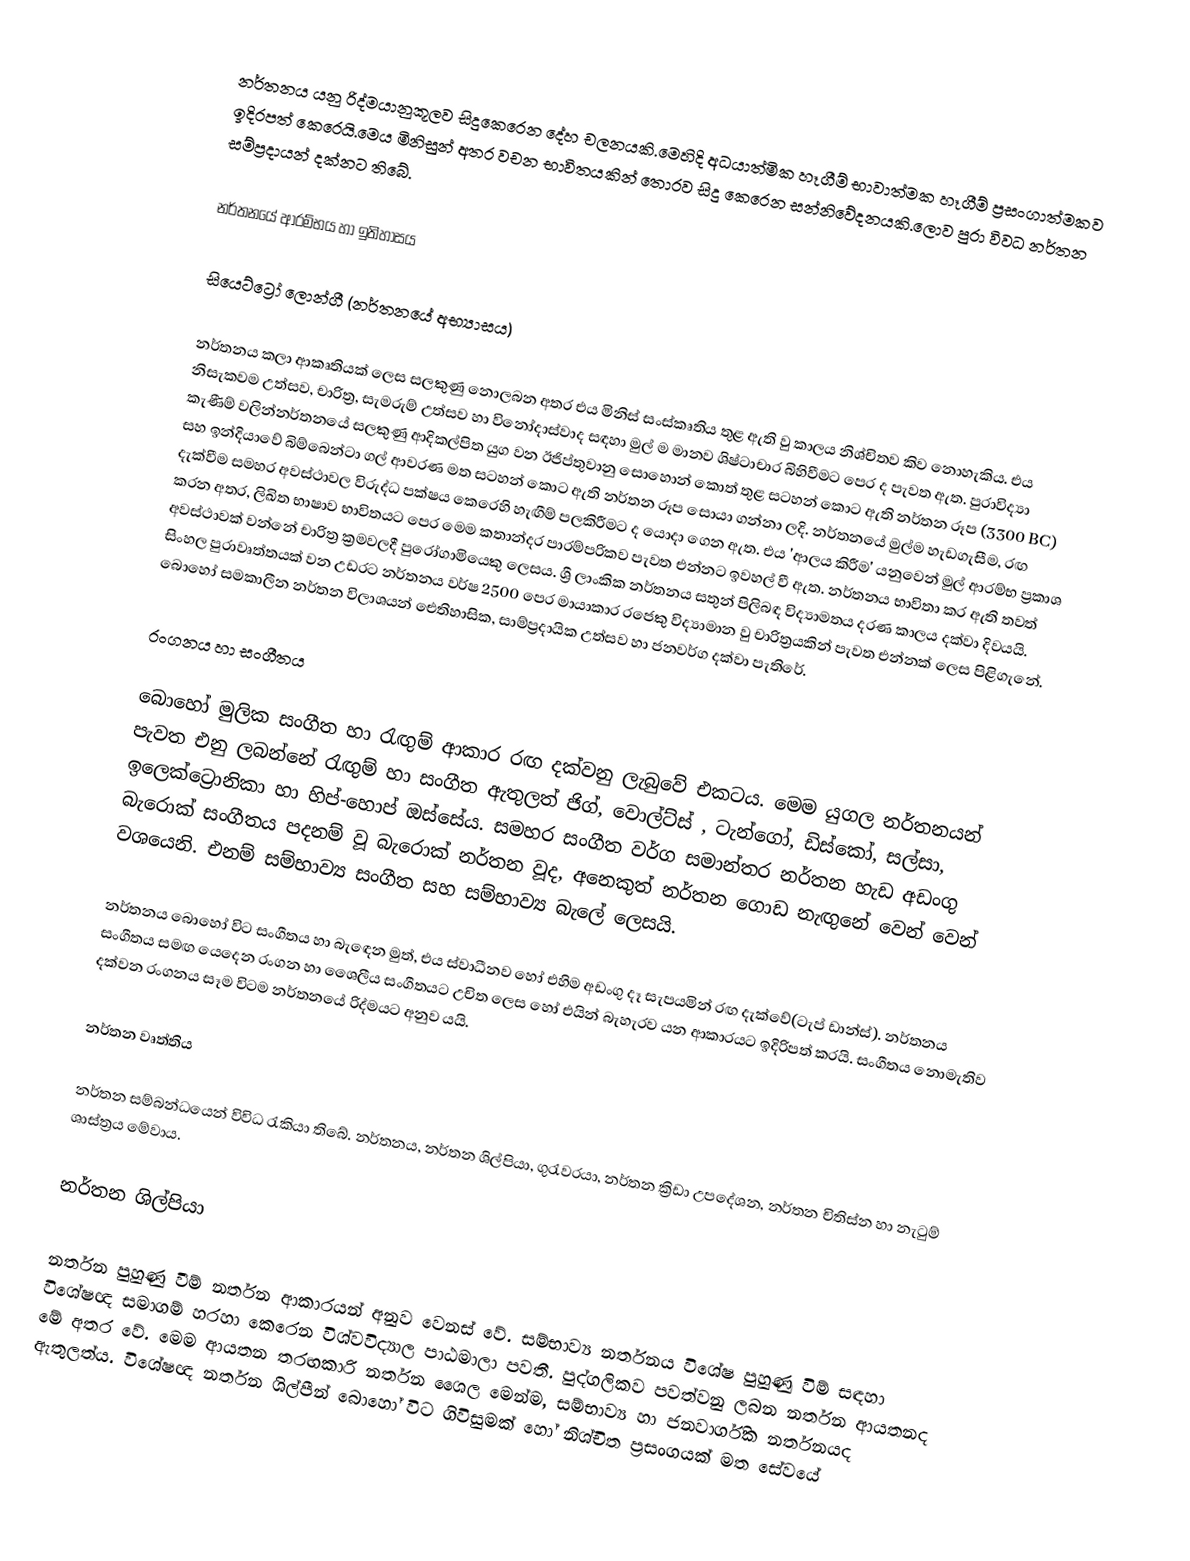
නර්තනය යනු රිද්මයානුකූලව සිදුකෙරෙන දේහ චලනයකි.මෙහිදි අධයාත්මික හෑගීම් භාවාත්මක හෑගීම් ප්‍රසංගාත්මකව ඉදිරපත් කෙරෙයි.මෙය මිනිසුන් අතර වචන භාවිතයකින් තොරව සිදු කෙරෙන සන්නිවේදනයකි.ලොව පුරා විවධ නර්තන සම්ප්‍රදායන් දක්නට තිබේ.

නර්තනයේ ආරම්භය හා ඉතිහාසය

සියෙට්ට්‍රෝ ලොන්ගී (නර්තනයේ අභ්‍යාසය)

නර්තනය කලා ආකෘතියක් ලෙස සලකුණු නොලබන අතර එය මිනිස් සංස්කෘතිය තුළ ඇති වු කාලය නිශ්චිතව කිව නොහැකිය. එය නිසැකවම උත්සව, චාරිත්‍ර, සැමරුම් උත්සව හා විනෝදාස්වාද සඳහා මුල් ම මානව ශිෂ්ටාචාර බිහිවීමට පෙර ද පැවත ඇත. පුරාවිද්‍යා කැණීම් වලින්නර්තනයේ සලකුණු ආදිකල්පිත යුග වන ඊජිප්තුවානු සොහොන් කොත් තුළ සටහන් කොට ඇති නර්තන රූප (3300 BC) සහ ඉන්දියාවේ බිම්බෙන්ටා ගල් ආවරණ මත සටහන් කොට ඇති නර්තන රූප සොයා ගන්නා ලදි. නර්තනයේ මුල්ම හැඩගැසීම, රඟ දැක්වීම සමහර අවස්ථාවල විරුද්ධ පක්ෂය කෙරෙහි හැඟීම් පලකිරීමට ද යොදා ගෙන ඇත. එය 'ආලය කිරීම' යනුවෙන්  මුල් ආරම්භ ප්‍රකාශ කරන අතර, ලිඛිත භාෂාව භාවිතයට පෙර මෙම කතාන්දර පාරම්පරිකව පැවත එන්නට ඉවහල් වී ඇත. නර්තනය භාවිතා කර ඇති තවත් අවස්ථාවක් වන්නේ චාරිත්‍ර ක්‍රමවලදී පුරෝගාමියෙකු ලෙසය. ශ්‍රී ලාංකික නර්තනය සතුන් පිලිබඳ විද්‍යාමතය දරණ කාලය දක්වා දිවයයි. සිංහල පුරාවෘත්තයක් වන උඩරට නර්තනය වර්ෂ 2500 පෙර මායාකාර රජෙකු විද්‍යාමාන වු චාරිත්‍රයකින් පැවත එන්නක් ලෙස පිළිගැනේ. බොහෝ සමකාලීන නර්තන විලාශයන් ‍ඓතිහාසික, සාම්ප්‍රදායික උත්සව හා ජනවර්ග දක්වා පැතිරේ.

රංගනය හා සංගීතය

බොහෝ මුලික සංගීත හා රැඟුම් ආකාර රඟ දක්වනු ලැබු‍වේ එකටය. මෙම යුගල නර්තනයන් පැවත එනු ලබන්නේ රැඟුම් හා සංගීත ඇතුලත් ජිග්, වොල්ට්ස් , ටැන්ගෝ, ඩිස්කෝ, සල්සා, ඉලෙක්ට්‍රොනිකා හා හිප්-හොප් ඔස්සේය. සමහර සංගීත වර්ග සමාන්තර නර්තන හැඩ අඩංගු බැරොක් සංගීතය පදනම් වූ බැරොක් නර්තන වූද, අනෙකුත් නර්තන ගොඩ නැඟුනේ වෙන් වෙන් වශයෙනි. එනම් සම්භාව්‍ය සංගීත සහ සම්භාව්‍ය බැලේ ලෙසයි.

නර්තනය බොහෝ විට සංගීතය හා බැඳෙන මුත්, එය  ස්වාධීනව හෝ එහිම අඩංගු දෑ සැපයමින් රඟ දැක්වේ(ටැප් ඩාන්ස්). නර්තනය සංගීතය සමඟ යෙදෙන රංගන හා ශෛලීය සංගීතයට උචිත ලෙස හෝ එයින් බැහැරව යන ආකාරයට ඉදිරිපත් කරයි. සංගීතය නොමැතිව දක්වන රංගනය සෑම විටම නර්තනයේ රිද්මයට අනුව යයි.

නර්තන වෘත්තිය

නර්තන සම්බන්ධයෙන් විවිධ රැකියා තිබේ. නර්තනය, නර්තන ශිල්පියා, ගුරැවරයා, නර්තන ක්‍රිඩා උපදේශන, නර්තන චිතිස්න හා නැටුම් ශාස්ත්‍රය මේවාය.

 නර්තන ශිල්පියා

නර්තන පුහුණු වීම් නර්තන ආකාරයන් අනුව වෙනස් වේ. සම්භාව්‍ය නර්තනය විශේෂ පුහුණු විම් සඳහා විශේෂඥ සමාගම් හරහා කෙරෙන විශ්වවිද්‍යාල පාඨමාලා පවතී. පුද්ගලිකව පවත්වනු ලබන නර්තන ආයතනද මේ අතර වේ. මෙම ආයතන තරඟකාරි නර්තන ශෛල මෙන්ම, සම්භාව්‍ය හා ජනවාර්ගික නර්තනයද ඇතුලත්ය. විශේෂඥ නර්තන ශිල්පීන් බොහෝ විට ගිවිසුමක් හෝ නිශ්චිත ප්‍රසංගයක් මත සේවයේ